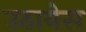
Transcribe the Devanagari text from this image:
उठायेस